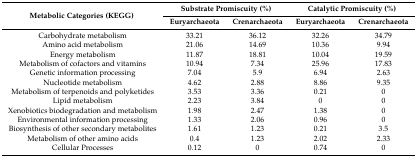
<table><thead><tr><td rowspan="2"><b>Metabolic Categories (KEGG)</b></td><td colspan="2"><b>Substrate Promiscuity (%)</b></td><td colspan="2"><b>Catalytic Promiscuity (%)</b></td></tr><tr><td><b>Euryarchaeota</b></td><td><b>Crenarchaeota</b></td><td><b>Euryarchaeota</b></td><td><b>Crenarchaeota</b></td></tr></thead><tbody><tr><td>Carbohydrate metabolism</td><td>33.21</td><td>36.12</td><td>32.26</td><td>34.79</td></tr><tr><td>Amino acid metabolism</td><td>21.06</td><td>14.69</td><td>10.36</td><td>9.94</td></tr><tr><td>Energy metabolism</td><td>11.87</td><td>18.81</td><td>10.04</td><td>19.59</td></tr><tr><td>Metabolism of cofactors and vitamins</td><td>10.94</td><td>7.34</td><td>25.96</td><td>17.83</td></tr><tr><td>Genetic information processing</td><td>7.04</td><td>5.9</td><td>6.94</td><td>2.63</td></tr><tr><td>Nucleotide metabolism</td><td>4.62</td><td>2.88</td><td>8.86</td><td>9.35</td></tr><tr><td>Metabolism of terpenoids and polyketides</td><td>3.53</td><td>3.36</td><td>0.21</td><td>0</td></tr><tr><td>Lipid metabolism</td><td>2.23</td><td>3.84</td><td>0</td><td>0</td></tr><tr><td>Xenobiotics biodegradation and metabolism</td><td>1.98</td><td>2.47</td><td>1.38</td><td>0</td></tr><tr><td>Environmental information processing</td><td>1.33</td><td>2.06</td><td>0.96</td><td>0</td></tr><tr><td>Biosynthesis of other secondary metabolites</td><td>1.61</td><td>1.23</td><td>0.21</td><td>3.5</td></tr><tr><td>Metabolism of other amino acids</td><td>0.4</td><td>1.23</td><td>2.02</td><td>2.33</td></tr><tr><td>Cellular Processes</td><td>0.12</td><td>0</td><td>0.74</td><td>0</td></tr></tbody></table>